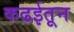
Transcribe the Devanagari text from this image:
कढईतून